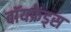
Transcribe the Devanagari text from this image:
बॉयफ्रेंड्स